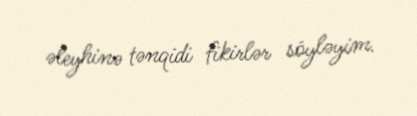
əleyhinə tənqidi fikirlər söyləyim.